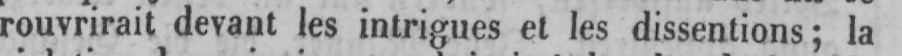
rouvrirait devant les intrigues et les dissentions; la